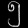
Digit: ၅